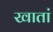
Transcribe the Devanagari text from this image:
खातां